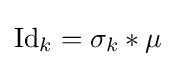
\operatorname {Id} _{k}=\sigma _{k}*\mu